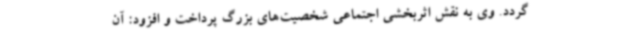
گردد. وی به نقش اثربخشی اجتماعی شخصیت‌های بزرگ پرداخت و افزود: آن